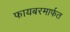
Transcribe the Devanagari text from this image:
फायबरमार्फत